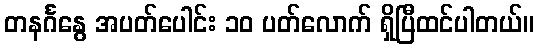
တနင်္ဂနွေ အပတ်ပေါင်း ၁၀ ပတ်လောက် ရှိပြီထင်ပါတယ်။